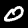
Label: 0